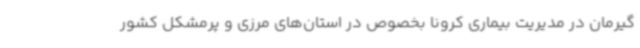
گیرمان در مدیریت بیماری کرونا بخصوص در استان‌های مرزی و پرمشکل کشور